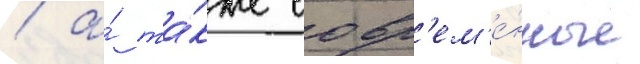
/ а́ та́кже совр'ем'е́нные